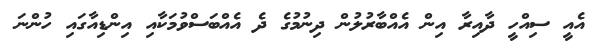
އެއީ ސިއްހީ ދާއިރާ އިން އެއްބާރުލުން ދިނުމުގެ ދެ އެއްބަސްވުމަކާއި އިންޑިއާގައި ހުންނަ